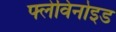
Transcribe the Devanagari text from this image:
फ्लेविनोइड